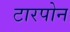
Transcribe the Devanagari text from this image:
टारपोन